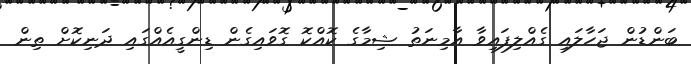
ބަންޑުން ޖަހާލައި ގެއްލިފައިވާ އާމިނަތު ޝިމާގެ ކޮއްކޮ ގޮވައިގެން ޑިންގީއެއްގައި ދަނިކޮށް ތިން